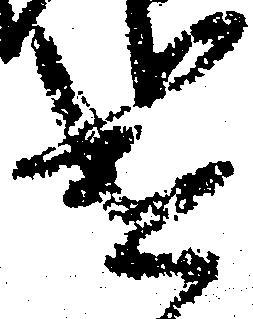
遣